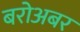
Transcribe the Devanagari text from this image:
बरोअबर